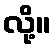
လို့။